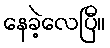
နေခဲ့လေပြီ။